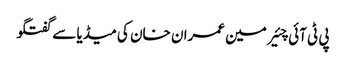
پی ٹی آئی چئیر مین عمران خان کی میڈیا سے گفتگو